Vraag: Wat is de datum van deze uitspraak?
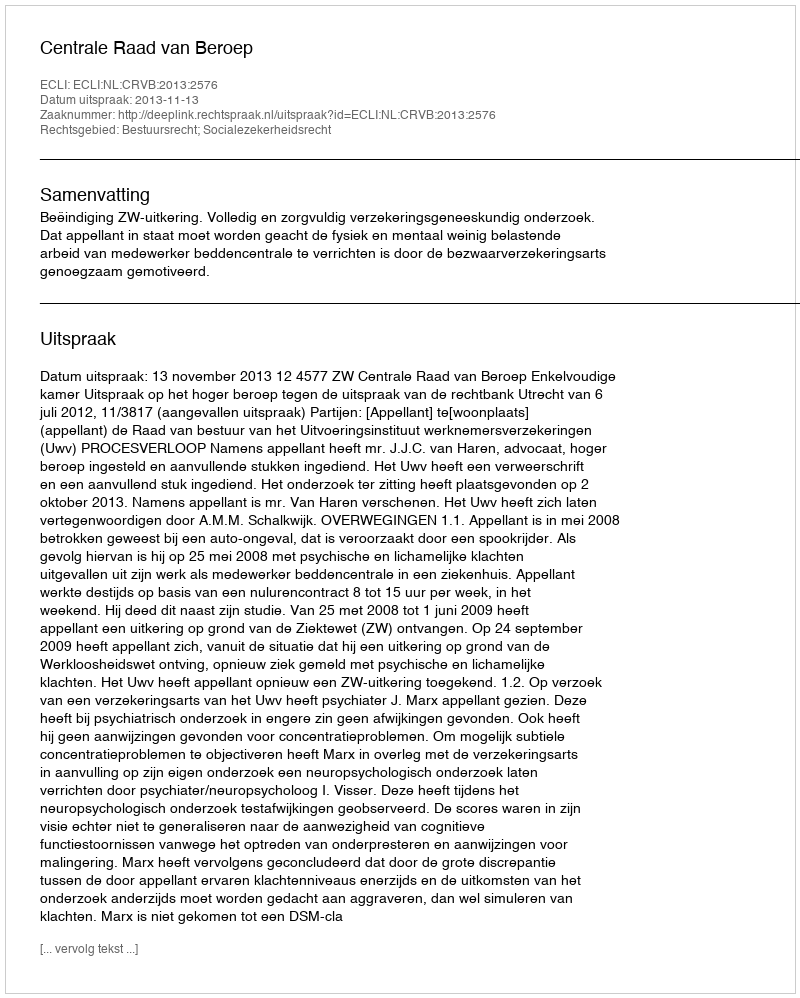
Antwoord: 2013-11-13